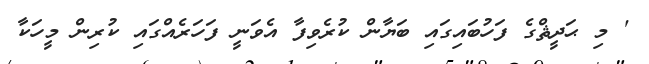
' މި ޙަދީޘްގެ ފަހުބައިގައި ބަޔާން ކުރެވިފާ އެވަނީ ފަހަރެއްގައި ކުރިން މީހަކާ